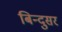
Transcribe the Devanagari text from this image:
बिन्दुसर